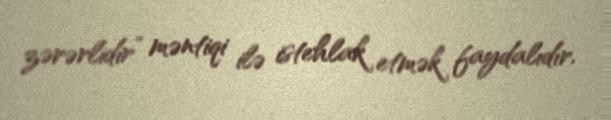
zərərlidir” məntiqi ilə istehlak etmək faydalıdır.